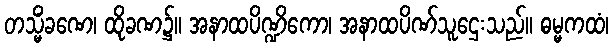
တသ္မိံခဏေ၊ ထိုခဏ၌။ အနာထပိဏ္ဍိကော၊ အနာထပိဏ်သူဌေးသည်။ ဓမ္မကထံ၊